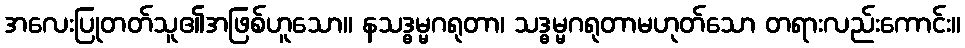
အလေးပြုတတ်သူ၏အဖြစ်ဟူသော။ နသဒ္ဓမ္မဂရုတာ၊ သဒ္ဓမ္မဂရုတာမဟုတ်သော တရားလည်းကောင်း။